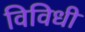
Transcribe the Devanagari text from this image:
विविधी